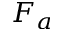
F _ { a }